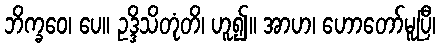
ဘိက္ခဝေ၊ ပေ။ ဥဒ္ဒိသိတုံတိ၊ ဟူ၍။ အာဟ၊ ဟောတော်မူပြီ၊